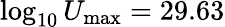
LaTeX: \log_{10}U_{\mathrm{max}}=29.63